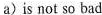
a) is not so bad